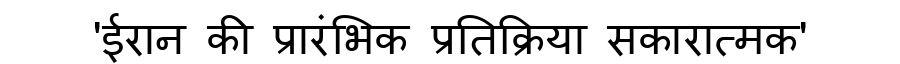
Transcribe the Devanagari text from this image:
'ईरान की प्रारंभिक प्रतिक्रिया सकारात्मक'